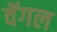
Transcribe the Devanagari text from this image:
वॅगल